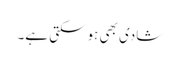
شادی بھی ہوسکتی ہے۔